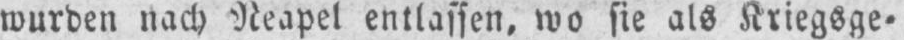
wurden nach Neapel entlassen, wo sie als Kriegsge⸗